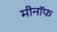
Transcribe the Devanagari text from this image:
मीनॉफ